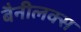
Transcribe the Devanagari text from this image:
बैनीलक्स